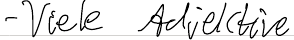
- Viele Adjektive